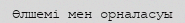
Өлшемі мен орналасуы